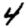
Digit: 4